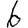
Digit: 6